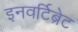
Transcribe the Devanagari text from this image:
इनवर्टिब्रेट